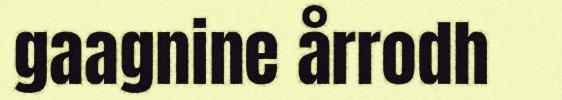
gaagnine årrodh